Rangoon Lunatic Asylum 1893-1897 - 1893-1897
Year: 1893
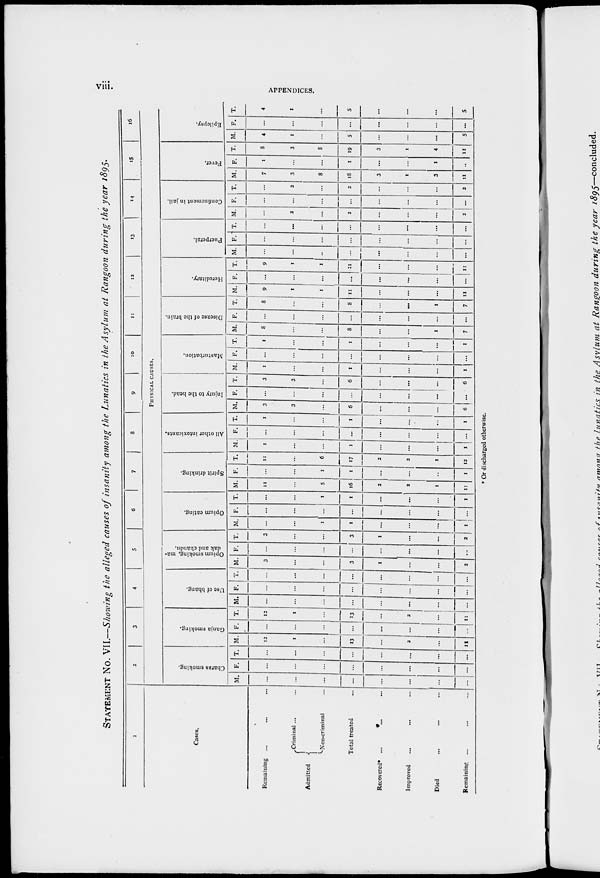
viii.
APPENDICES.
STATEMENT No. VII.—Showing the alleged causes of insanity among the Lunatics in the Asylum at Rangoon during the year 1895.
1
Cases.
Remaining ... ... ...
Admitted
Criminal ... ...
Non-criminal ...
Total treated ...
Recovered* ... ... ...
Improved ... ... ...
Died ... ... ...
Remaining ... ... ...
2
3
4
5
6
7
8
9
10
11
12
13
14
15
16
PHYSICAL CAUSES.
Charas smoking.
M.
...
...
...
...
...
...
...
...
F.
...
...
...
...
...
...
...
...
T.
...
...
...
...
...
...
...
...
Ganja smoking.
M.
12
1
...
13
...
2
...
11
F.
...
...
...
...
...
...
...
...
T.
12
1
...
13
...
2
...
11
Use of bhang.
M.
...
...
...
...
...
...
...
...
F.
...
...
...
...
...
...
...
...
T.
...
...
...
...
...
...
...
...
Opium smoking, ma-
dak and chandu.
M.
3
...
...
3
1
...
...
2
F.
...
...
...
...
...
...
...
...
T.
3
...
...
3
1
...
...
Opium eating.
M.
...
...
1
1
...
...
...
1
F.
...
...
...
...
...
...
...
...
T.
...
...
1
1
...
...
...
1
Spirit drinking.
M.
11
...
5
16
2
2
1
11
F.
...
...
1
1
...
...
...
1
T.
11
...
6
17
2
2
1
12
All other intoxicants.
M
1
...
...
1
...
...
...
1
F.
...
...
...
...
...
...
...
...
T.
1
...
...
1
...
...
...
1
Injury to the head.
M.
3
3
...
6
...
...
...
6
F.
...
...
...
...
...
...
...
...
T.
3
3
...
6
...
...
...
6
Masturbation.
M
1
...
...
1
...
...
...
1
F.
...
...
...
...
...
...
...
...
T.
1
...
...
1
...
...
...
1
Disease of the brain.
M.
8
...
...
8
...
...
1
7
F.
...
...
...
...
...
...
...
...
T.
8
...
...
8
...
...
1
7
Hereditary.
M.
9
1
1
11
...
...
...
11
F.
...
...
...
...
...
...
...
...
T.
9
1
1
11
...
...
...
11
Puerperal.
M.
...
...
...
...
...
...
...
...
F.
...
...
...
...
...
...
...
...
T.
...
...
...
...
...
...
...
...
Confinement in jail.
M.
...
2
...
2
...
...
1
2
F.
...
...
...
...
...
...
...
...
T.
...
2
...
2
...
...
...
2
Fever.
M.
7
3
8
18
3
1
3
11
F.
1
...
...
1
...
...
1
...
T.
8
3
8
19
3
1
4
11
Epilepsy.
M.
4
1
...
5
...
...
...
5
F.
...
...
...
...
...
...
...
...
T.
4
1
...
5
...
...
...
5
* Or discharged otherwise.